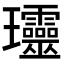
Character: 𤫩